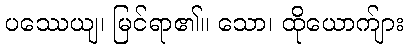
ပဿေယျ၊ မြင်ရာ၏။ သော၊ ထိုယောက်ျား